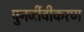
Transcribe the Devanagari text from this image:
पुनर्जीवीकरण